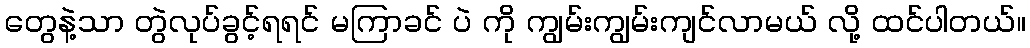
တွေနဲ့သာ တွဲလုပ်ခွင့်ရရင် မကြာခင် ပဲ ကို ကျွမ်းကျွမ်းကျင်လာမယ် လို့ ထင်ပါတယ်။